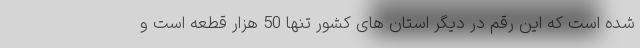
شده است که این رقم در دیگر استان های کشور تنها 50 هزار قطعه است و